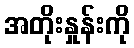
အတိုးနှုန်းကို